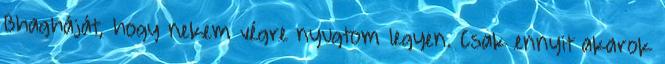
Bhagháját, hogy nekem végre nyugtom legyen. Csak ennyit akarok